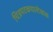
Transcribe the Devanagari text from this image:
चित्रपटकथालेखक